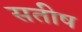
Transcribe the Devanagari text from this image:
सतीष